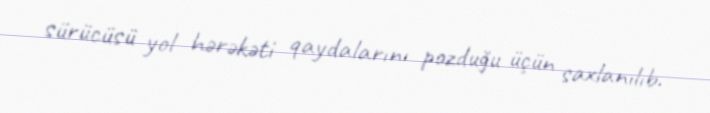
sürücüsü yol hərəkəti qaydalarını pozduğu üçün saxlanılıb.